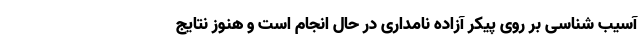
آسیب شناسی بر روی پیکر آزاده نامداری در حال انجام است و هنوز نتایج